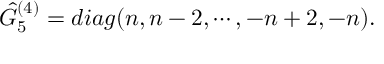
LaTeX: \hat { G } _ { 5 } ^ { ( 4 ) } = d i a g ( n , n - 2 , \cdots , - n + 2 , - n ) .